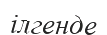
ілгенде